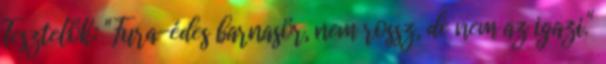
Tesztelők: "Fura-édes barnasör, nem rossz, de nem az igazi."